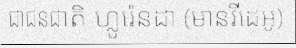
ជាជនជាតិ ហ្លូរ៉េនដា (មានវីដេអូ)